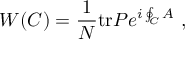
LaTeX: W ( C ) = { \frac { 1 } { N } } \mathrm { t r } P e ^ { i \oint _ { C } A } \ ,